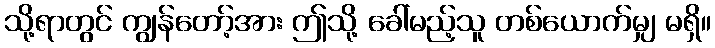
သို့ရာတွင် ကျွန်တော့်အား ဤသို့ ခေါ်မည့်သူ တစ်ယောက်မျှ မရှိ။